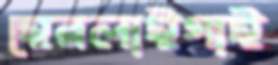
হেরলাইগাই